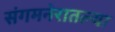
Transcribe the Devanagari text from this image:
संगमनेरातल्या